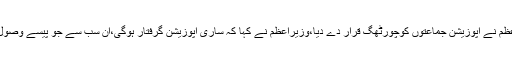
22 اکتوبر 2018ء) سینئر تجزیہ کار اور چیئرمین دن میڈیا گروپ محمود صادق نے کہا ہے کہ وزیراعظم نے اپوزیشن جماعتوں کوچورٹھگ قرار دے دیا،وزیراعظم نے کہا کہ ساری اپوزیشن گرفتار ہوگی،ان سب سے جو پیسے وصول ہوں گے وہ پیسے ملک چلانے کیلئے کافی ہوں گے،3 مہینوں میں ملک کو بحرانوں سے نکال لیں گے۔